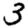
Digit: 3